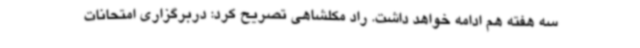
سه هفته هم ادامه خواهد داشت. راد مکلشاهی تصریح کرد: دربرگزاری امتحانات